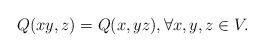
LaTeX: \begin{align*}Q(xy,z)=Q(x,yz), \forall x,y,z\in V.\end{align*}